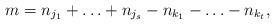
LaTeX: \begin{align*}m=n_{j_1}+\ldots+n_{j_s}-n_{k_1}-\ldots-n_{k_t}, \end{align*}